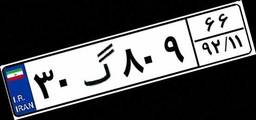
۳۰گ۸۰۹۶۶